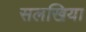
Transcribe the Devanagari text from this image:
सलखिया